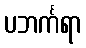
ပဘင်္ကရာ